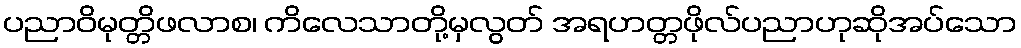
ပညာဝိမုတ္တိဖလာစ၊ ကိလေသာတို့မှလွတ် အရဟတ္တဖိုလ်ပညာဟုဆိုအပ်သော